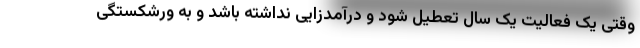
وقتی یک فعالیت یک سال تعطیل شود و درآمدزایی نداشته باشد و به ورشکستگی